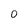
Character: O